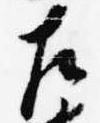
左